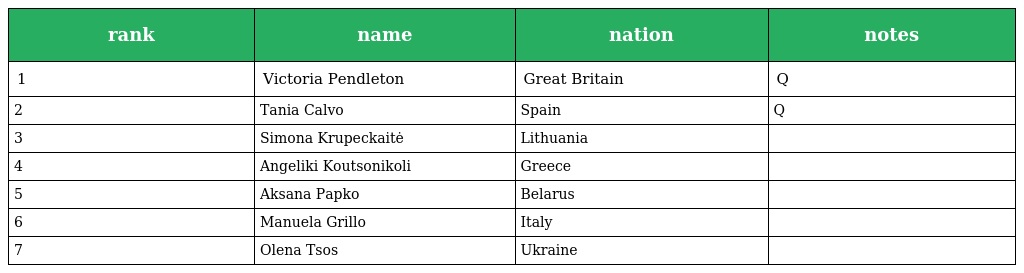
| rank | name | nation | notes |
 | --- | --- | --- | --- |
 | 1 | Victoria Pendleton | Great Britain | Q |
 | 2 | Tania Calvo | Spain | Q |
 | 3 | Simona Krupeckaitė | Lithuania |  |
 | 4 | Angeliki Koutsonikoli | Greece |  |
 | 5 | Aksana Papko | Belarus |  |
 | 6 | Manuela Grillo | Italy |  |
 | 7 | Olena Tsos | Ukraine |  |